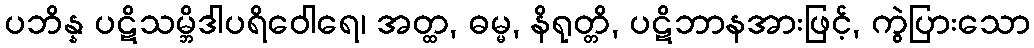
ပဘိန္န ပဋိသမ္ဘိဒါပရိဝေါရေ၊ အတ္ထ, ဓမ္မ, နိရုတ္တိ, ပဋိဘာနအားဖြင့်, ကွဲပြားသော